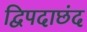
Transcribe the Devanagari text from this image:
द्विपदाछंद